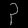
Digit: ၃